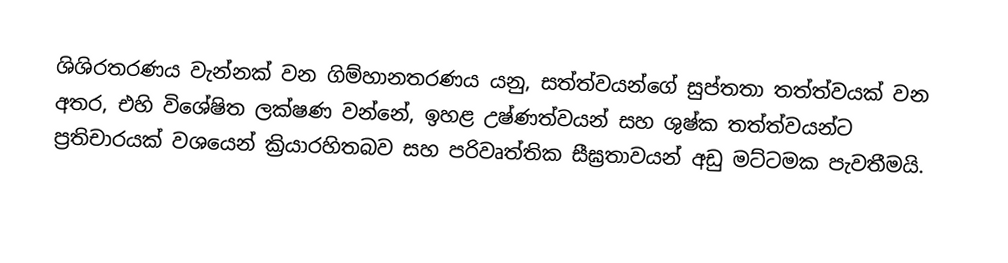
ශිශිරතරණය වැන්නක් වන ගිම්හානතරණය යනු, සත්ත්වයන්ගේ සුප්තතා තත්ත්වයක් වන අතර,  එහි විශේෂිත ලක්ෂණ වන්නේ, ඉහළ උෂ්ණත්වයන් සහ ශුෂ්ක තත්ත්වයන්ට ප්‍රතිචාරයක් වශයෙන් ක්‍රියාරහිතබව සහ  පරිවෘත්තික සීඝ්‍රතාවයන් අඩු මට්ටමක පැවතීමයි.